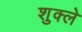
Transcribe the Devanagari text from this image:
शुक्ले